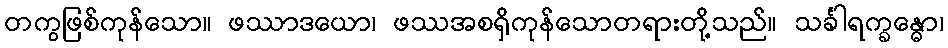
တကွဖြစ်ကုန်သော။ ဖဿာဒယော၊ ဖဿအစရှိကုန်သောတရားတို့သည်။ သင်္ခါရက္ခန္ဓော၊